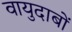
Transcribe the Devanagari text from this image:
वायुदाबों